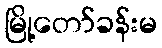
မြို့တော်ခန်းမ